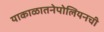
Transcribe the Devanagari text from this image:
याकाळातनेपोलियनची